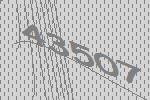
43507